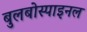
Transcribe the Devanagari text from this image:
बुलबोस्पाइनल